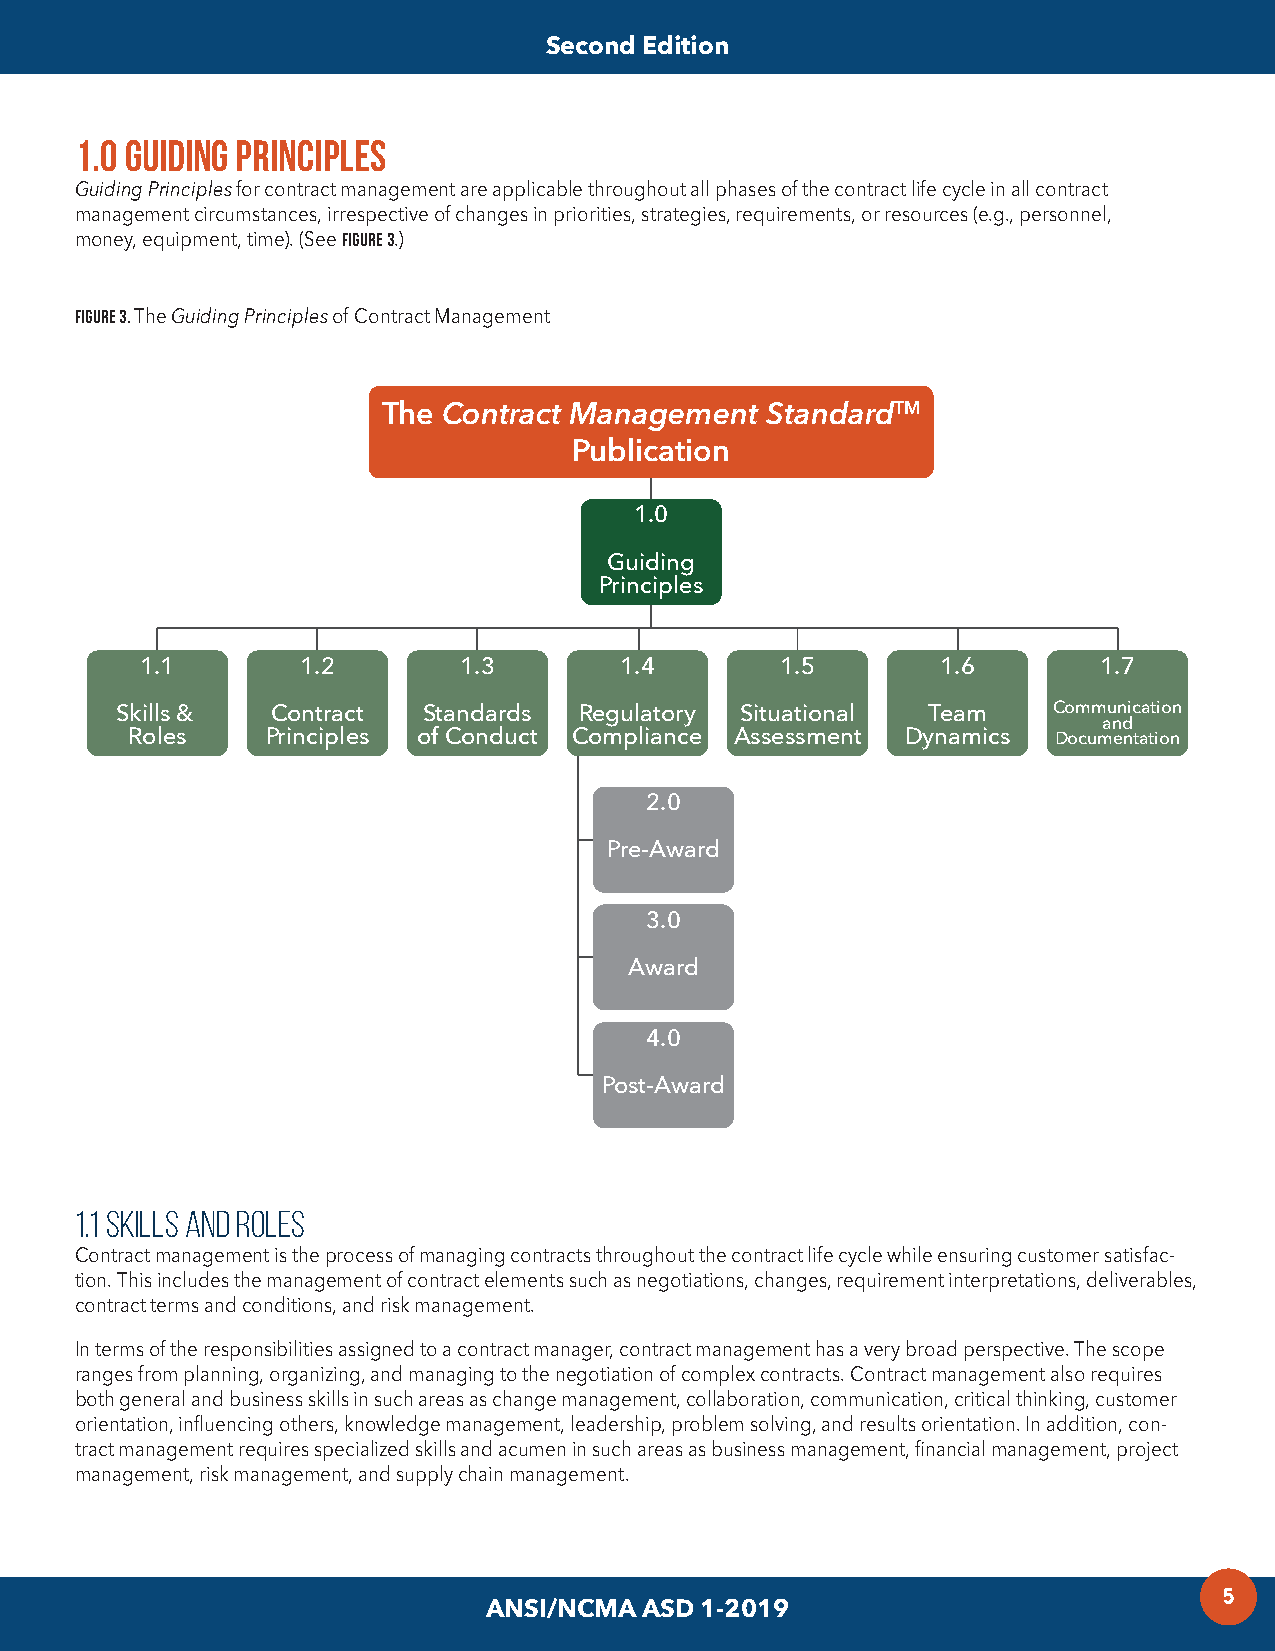
Second Edition
 1.0 Guiding Principles
 Guiding Principles for contract management are applicable throughout all phases of the contract life cycle in all contract
 management circumstances, irrespective of changes in priorities, strategies, requirements, or resources (e.g., personnel,
 money, equipment, time). (See FIGURE 3.)
 FIGURE 3. The Guiding Principles of Contract Management
 The Contract Management   StandardTM
 Publication
 1.0
 Guiding
 Principles
 1.1        1.2       1.3        1.4        1.5       1.6        1.7
 Skills &  Contract  Standards Regulatory Situational Team     Communication
 and
 Roles     Principles of Conduct Compliance Assessment Dynamics Documentation
 2.0
 Pre-Award
 3.0
 Award
 4.0
 Post-Award
 1.1 Skills and Roles
 Contract management is the process of managing contracts throughout the contract life cycle while ensuring customer satisfac-
 tion. This includes the management of contract elements such as negotiations, changes, requirement interpretations, deliverables,
 contract terms and conditions, and risk management.
 In terms of the responsibilities assigned to a contract manager, contract management has a very broad perspective. The scope
 ranges from planning, organizing, and managing to the negotiation of complex contracts. Contract management also requires
 both general and business skills in such areas as change management, collaboration, communication, critical thinking, customer
 orientation, influencing others, knowledge management, leadership, problem solving, and results orientation. In addition, con-
 tract management requires specialized skills and acumen in such areas as business management, financial management, project
 management, risk management, and supply chain management.
 5
 ANSI/NCMA ASD 1-2019